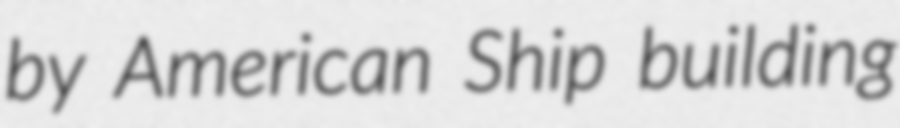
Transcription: by American Ship building